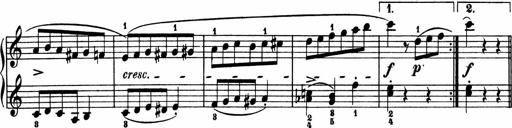
Title: 2 Sonatinen
Composer: Lambertus Adrianus van Tetterode